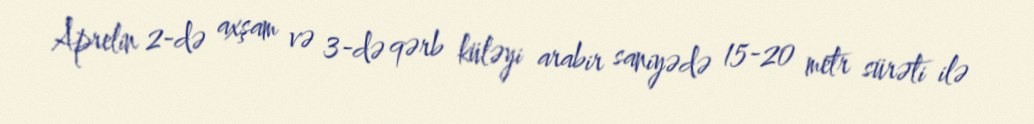
Aprelin 2-də axşam və 3-də qərb küləyi arabir saniyədə 15-20 metr sürəti ilə